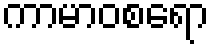
ကာမာဝစရော